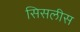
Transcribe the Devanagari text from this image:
सिसलीस